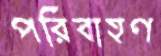
পরিবাহণ